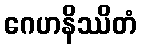
ဂေဟနိဿိတံ